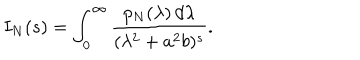
I _ { N } ( s ) = \int _ { 0 } ^ { \infty } { \frac { p _ { N } ( \lambda ) \, d \lambda } { ( \lambda ^ { 2 } + a ^ { 2 } b ) ^ { s } } } .